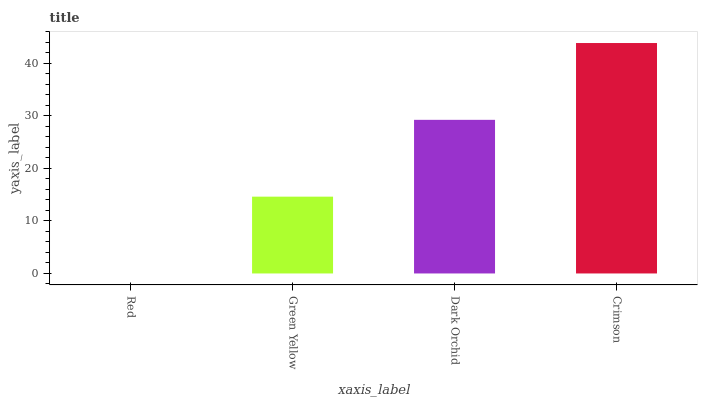
| xaxis_label | bars |
 | --- | --- |
 | Red | 0 |
 | Green Yellow | 14.6 |
 | Dark Orchid | 29.3 |
 | Crimson | 43.9 |